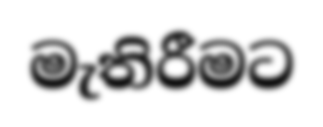
මැතිරීමට